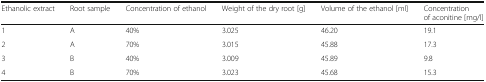
| Ethanolic extract | Root sample | Concentration of ethanol | Weight of the dry root [g] | Volume of the ethanol [ml] | Concentration of aconitine [mg/l] |
 | --- | --- | --- | --- | --- | --- |
 | 1 | A | 40% | 3.025 | 46.20 | 19.1 |
 | 2 | A | 70% | 3.015 | 45.88 | 17.3 |
 | 3 | B | 40% | 3.009 | 45.89 | 9.8 |
 | 4 | B | 70% | 3.023 | 45.68 | 15.3 |